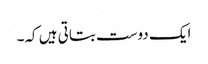
ایک دوست بتاتی ہیں کہ۔